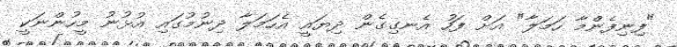
"ފިނިފެންމާ ހަމަލާ" އަށް ފަހު އެނގިގެން ދިޔައީ އެހަމަލާ ދިނުމުގައި އުޅުނު މީހުންނަކީ